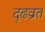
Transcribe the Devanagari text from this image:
दृढ़व्रत